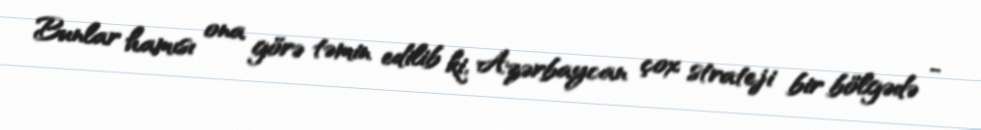
Bunlar hamısı ona görə təmin edilib ki, Azərbaycan çox strateji bir bölgədə -